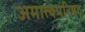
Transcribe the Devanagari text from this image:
अमात्यपरिषद्